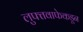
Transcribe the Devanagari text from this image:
लुफ्तवाफेकडून